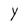
Character: Y